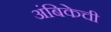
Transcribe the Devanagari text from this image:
अंबिकेची